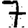
Digit: 7